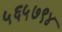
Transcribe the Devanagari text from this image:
५६५७९४